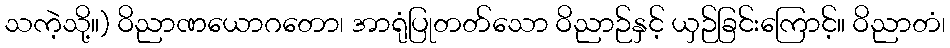
သကဲ့သို့။) ဝိညာဏယောဂတော၊ အာရုံပြုတတ်သော ဝိညာဉ်နှင့် ယှဉ်ခြင်းကြောင့်။ ဝိညာတံ၊